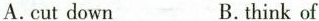
A.cut down B.think of